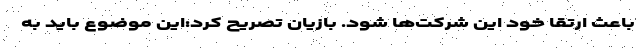
باعث ارتقا خود این شرکت‌ها شود. بازیان تصریح کرد:این موضوع باید به